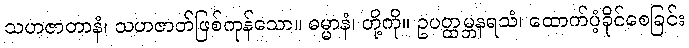
သဟဇာတာနံ၊ သဟဇာတ်ဖြစ်ကုန်သော။ ဓမ္မာနံ၊ တို့ကို။ ဥပတ္ထမ္ဘနရသံ၊ ထောက်ပံ့ခိုင်စေခြင်း